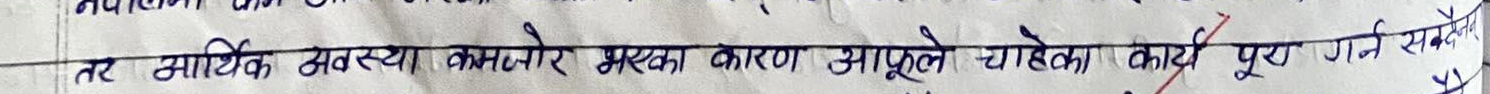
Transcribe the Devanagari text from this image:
तर आर्थिक समस्या कमजोर भएका कारण आफूले चाहेका कार्य पूरा गर्न सक्दैनौं।